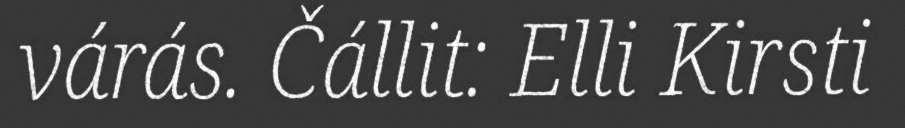
várás. Čállit: Elli Kirsti